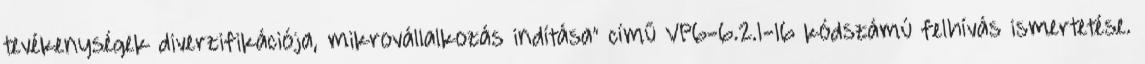
tevékenységek diverzifikációja, mikrovállalkozás indítása” című VP6-6.2.1-16 kódszámú felhívás ismertetése.